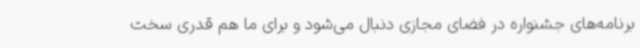
برنامه‌های جشنواره در فضای مجازی دنبال می‌شود و برای ما هم قدری سخت